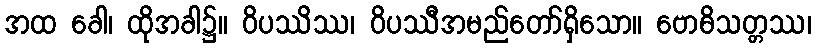
အထ ခေါ၊ ထိုအခါ၌။ ဝိပဿိဿ၊ ဝိပဿီအမည်တော်ရှိသော။ ဗောဓိသတ္တဿ၊